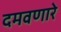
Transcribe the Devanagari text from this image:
दमवणारे